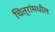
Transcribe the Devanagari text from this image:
चित्रांमधील